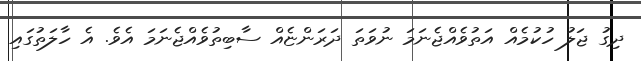
ދިގު ޖަލު ހުކުމެއް އަތުވެއްޖެނަމަ ނުވަތަ ދަރަންޏެއް ސާބިތުވެއްޖެނަމަ އެވެ. އެ ހާލަތުގައި